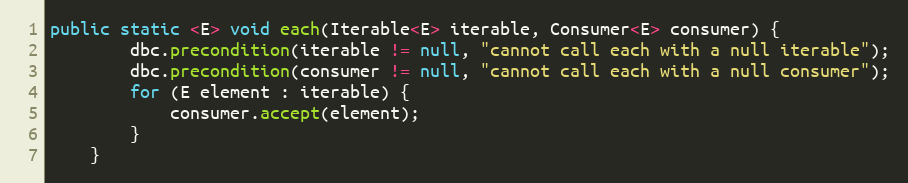
Language: Java
public static <E> void each(Iterable<E> iterable, Consumer<E> consumer) {
        dbc.precondition(iterable != null, "cannot call each with a null iterable");
        dbc.precondition(consumer != null, "cannot call each with a null consumer");
        for (E element : iterable) {
            consumer.accept(element);
        }
    }